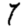
Digit: 7